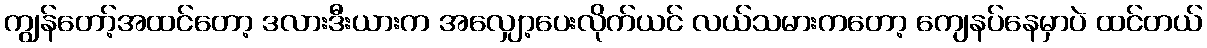
ကျွန်တော့်အထင်တော့ ဒလားဒီးယားက အလျှော့ပေးလိုက်ယင် လယ်သမားကတော့ ကျေနပ်နေမှာပဲ ထင်တယ်